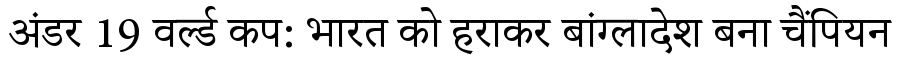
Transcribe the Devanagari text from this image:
अंडर 19 वर्ल्ड कप: भारत को हराकर बांग्लादेश बना चैंपियन